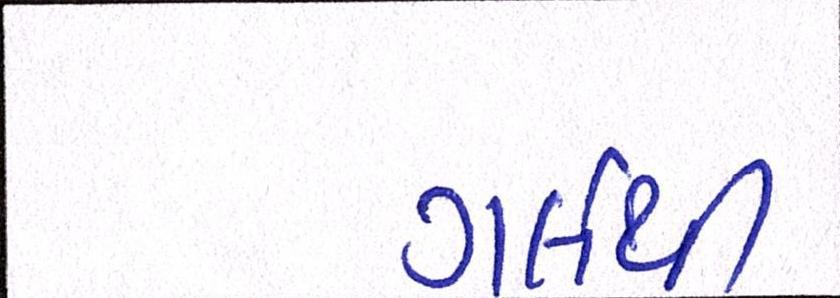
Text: ગર્લથી